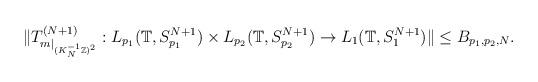
LaTeX: \begin{align*}\Vert T_{ m\vert_{ (K_N^{-1} \mathbb{Z})^2} }^{(N+1)}: L_{p_1}(\mathbb{T}, S_{p_1}^{N+1}) \times L_{p_2}(\mathbb{T}, S_{p_2}^{N+1} ) \rightarrow L_{1}(\mathbb{T}, S_{1}^{N+1})\Vert\leq B_{p_1, p_2,N}.\end{align*}